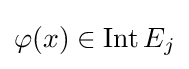
\varphi (x)\in \operatorname {Int} E_{j}